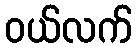
ဝယ်လက်